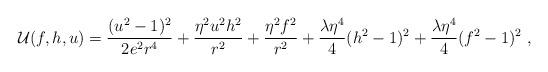
LaTeX: \begin{align*}{\cal U}(f,h,u)=\frac{(u^2-1)^2}{2e^2r^4}+\frac{\eta^2 u^2 h^2}{r^2}+\frac{\eta^2f^2}{r^2}+\frac{\lambda\eta^4}4(h^2-1)^2+\frac{\lambda\eta^4}4(f^2-1)^2 \ ,\end{align*}